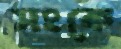
সংকে